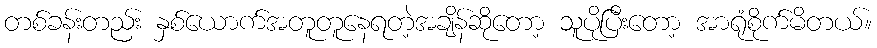
တစ်ခန်းတည်း နှစ်ယောက်အတူတူနေရတဲ့အချိန်ဆိုတော့ သူပိုပြီးတော့ အာရုံစိုက်မိတယ်။